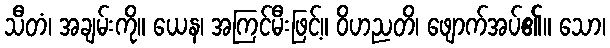
သီတံ၊ အချမ်းကို။ ယေန၊ အကြင်မီးဖြင့်။ ဝိဟညတိ၊ ဖျောက်အပ်၏။ သော၊